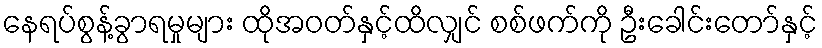
နေရပ်စွန့်ခွာရမှုများ ထိုအဝတ်နှင့်ထိလျှင် စစ်ဖက်ကို ဦးခေါင်းတော်နှင့်